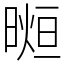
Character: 𣉖